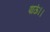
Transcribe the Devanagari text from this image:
पाऊं।।